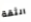
الثقة